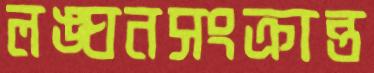
লঙ্ঘনসংক্রান্ত